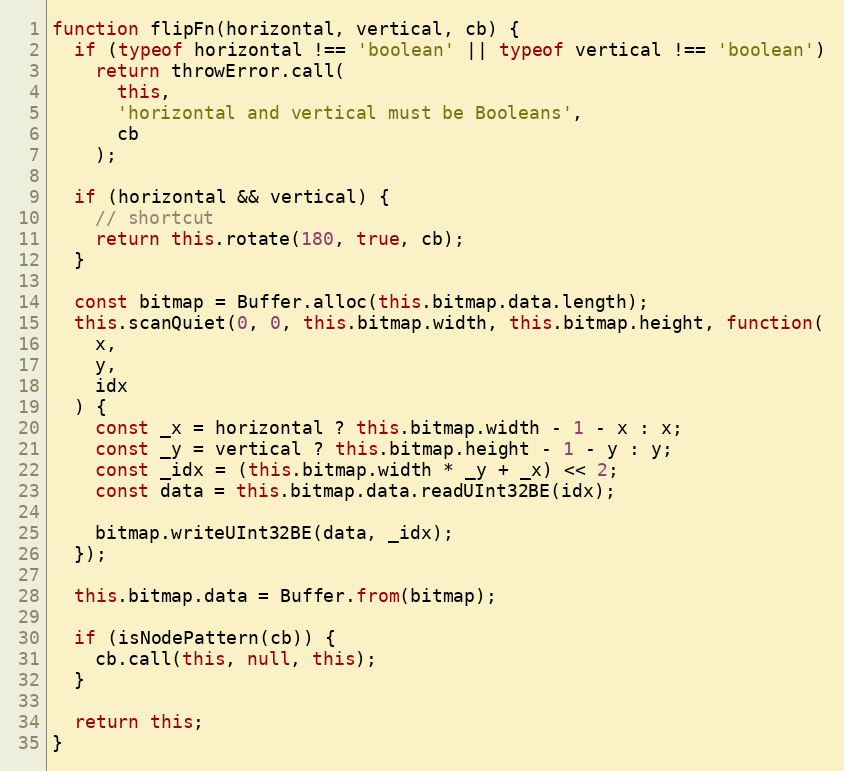
Language: JavaScript
function flipFn(horizontal, vertical, cb) {
  if (typeof horizontal !== 'boolean' || typeof vertical !== 'boolean')
    return throwError.call(
      this,
      'horizontal and vertical must be Booleans',
      cb
    );

  if (horizontal && vertical) {
    // shortcut
    return this.rotate(180, true, cb);
  }

  const bitmap = Buffer.alloc(this.bitmap.data.length);
  this.scanQuiet(0, 0, this.bitmap.width, this.bitmap.height, function(
    x,
    y,
    idx
  ) {
    const _x = horizontal ? this.bitmap.width - 1 - x : x;
    const _y = vertical ? this.bitmap.height - 1 - y : y;
    const _idx = (this.bitmap.width * _y + _x) << 2;
    const data = this.bitmap.data.readUInt32BE(idx);

    bitmap.writeUInt32BE(data, _idx);
  });

  this.bitmap.data = Buffer.from(bitmap);

  if (isNodePattern(cb)) {
    cb.call(this, null, this);
  }

  return this;
}